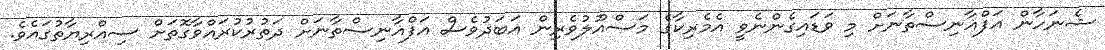
ޝެނަހާން އަފްޣާނިސްތާނަށް މި ވަޑައިގެންނެވީ އެމެރިކާގެ މަސްއޫލުވެރިން އަބަދުވެސް އަފްޣާނިސްތާނަށް ދަތުރުކުރައްވާގޮތަށް ސިއްރިޔާތުގައެވެ.